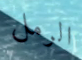
الرمل